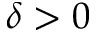
\delta > 0